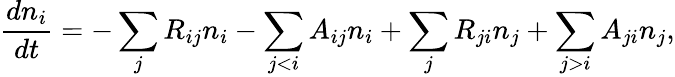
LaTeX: \frac{dn_{i}}{dt}=-\sum_{j}R_{ij}n_{i}-\sum_{j<i}A_{ij}n_{i}+\sum_{j}R_{ji}n_{j}+\sum_{j>i}A_{ji}n_{j},